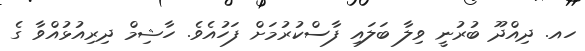
ހއ. ދިއްދޫ ބުރުނީ ވިލާ ބަލައި ފާސްކުރުމަށް ފަހުއެވެ. ހާޝިމް ދިރިއުޅުއްވާ ގެ